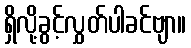
ရှိလို့ခွင့်လွှတ်ပါခင်ဗျာ။